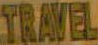
TRAVEL